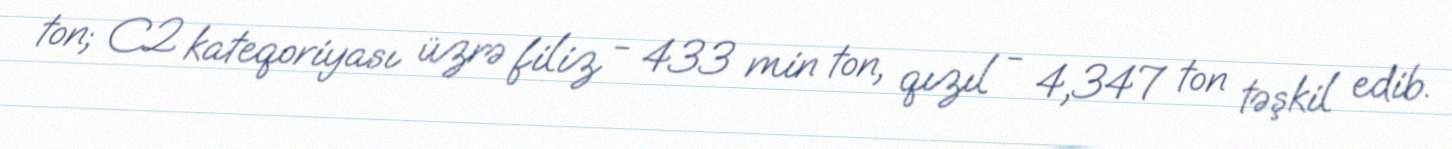
ton; C2 kateqoriyası üzrə filiz - 433 min ton, qızıl - 4,347 ton təşkil edib.